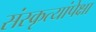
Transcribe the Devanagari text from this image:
संस्कृत्यांपेक्षा